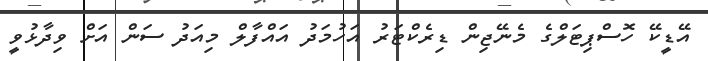
އޭޑީކޭ ހޮސްޕިޓަލްގެ މެނޭޖިން ޑިރެކްޓަރު އަހުމަދު އައްފާލް މިއަދު ސަން އަށް ވިދާޅުވީ